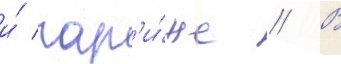
и́ пар'и́же // В